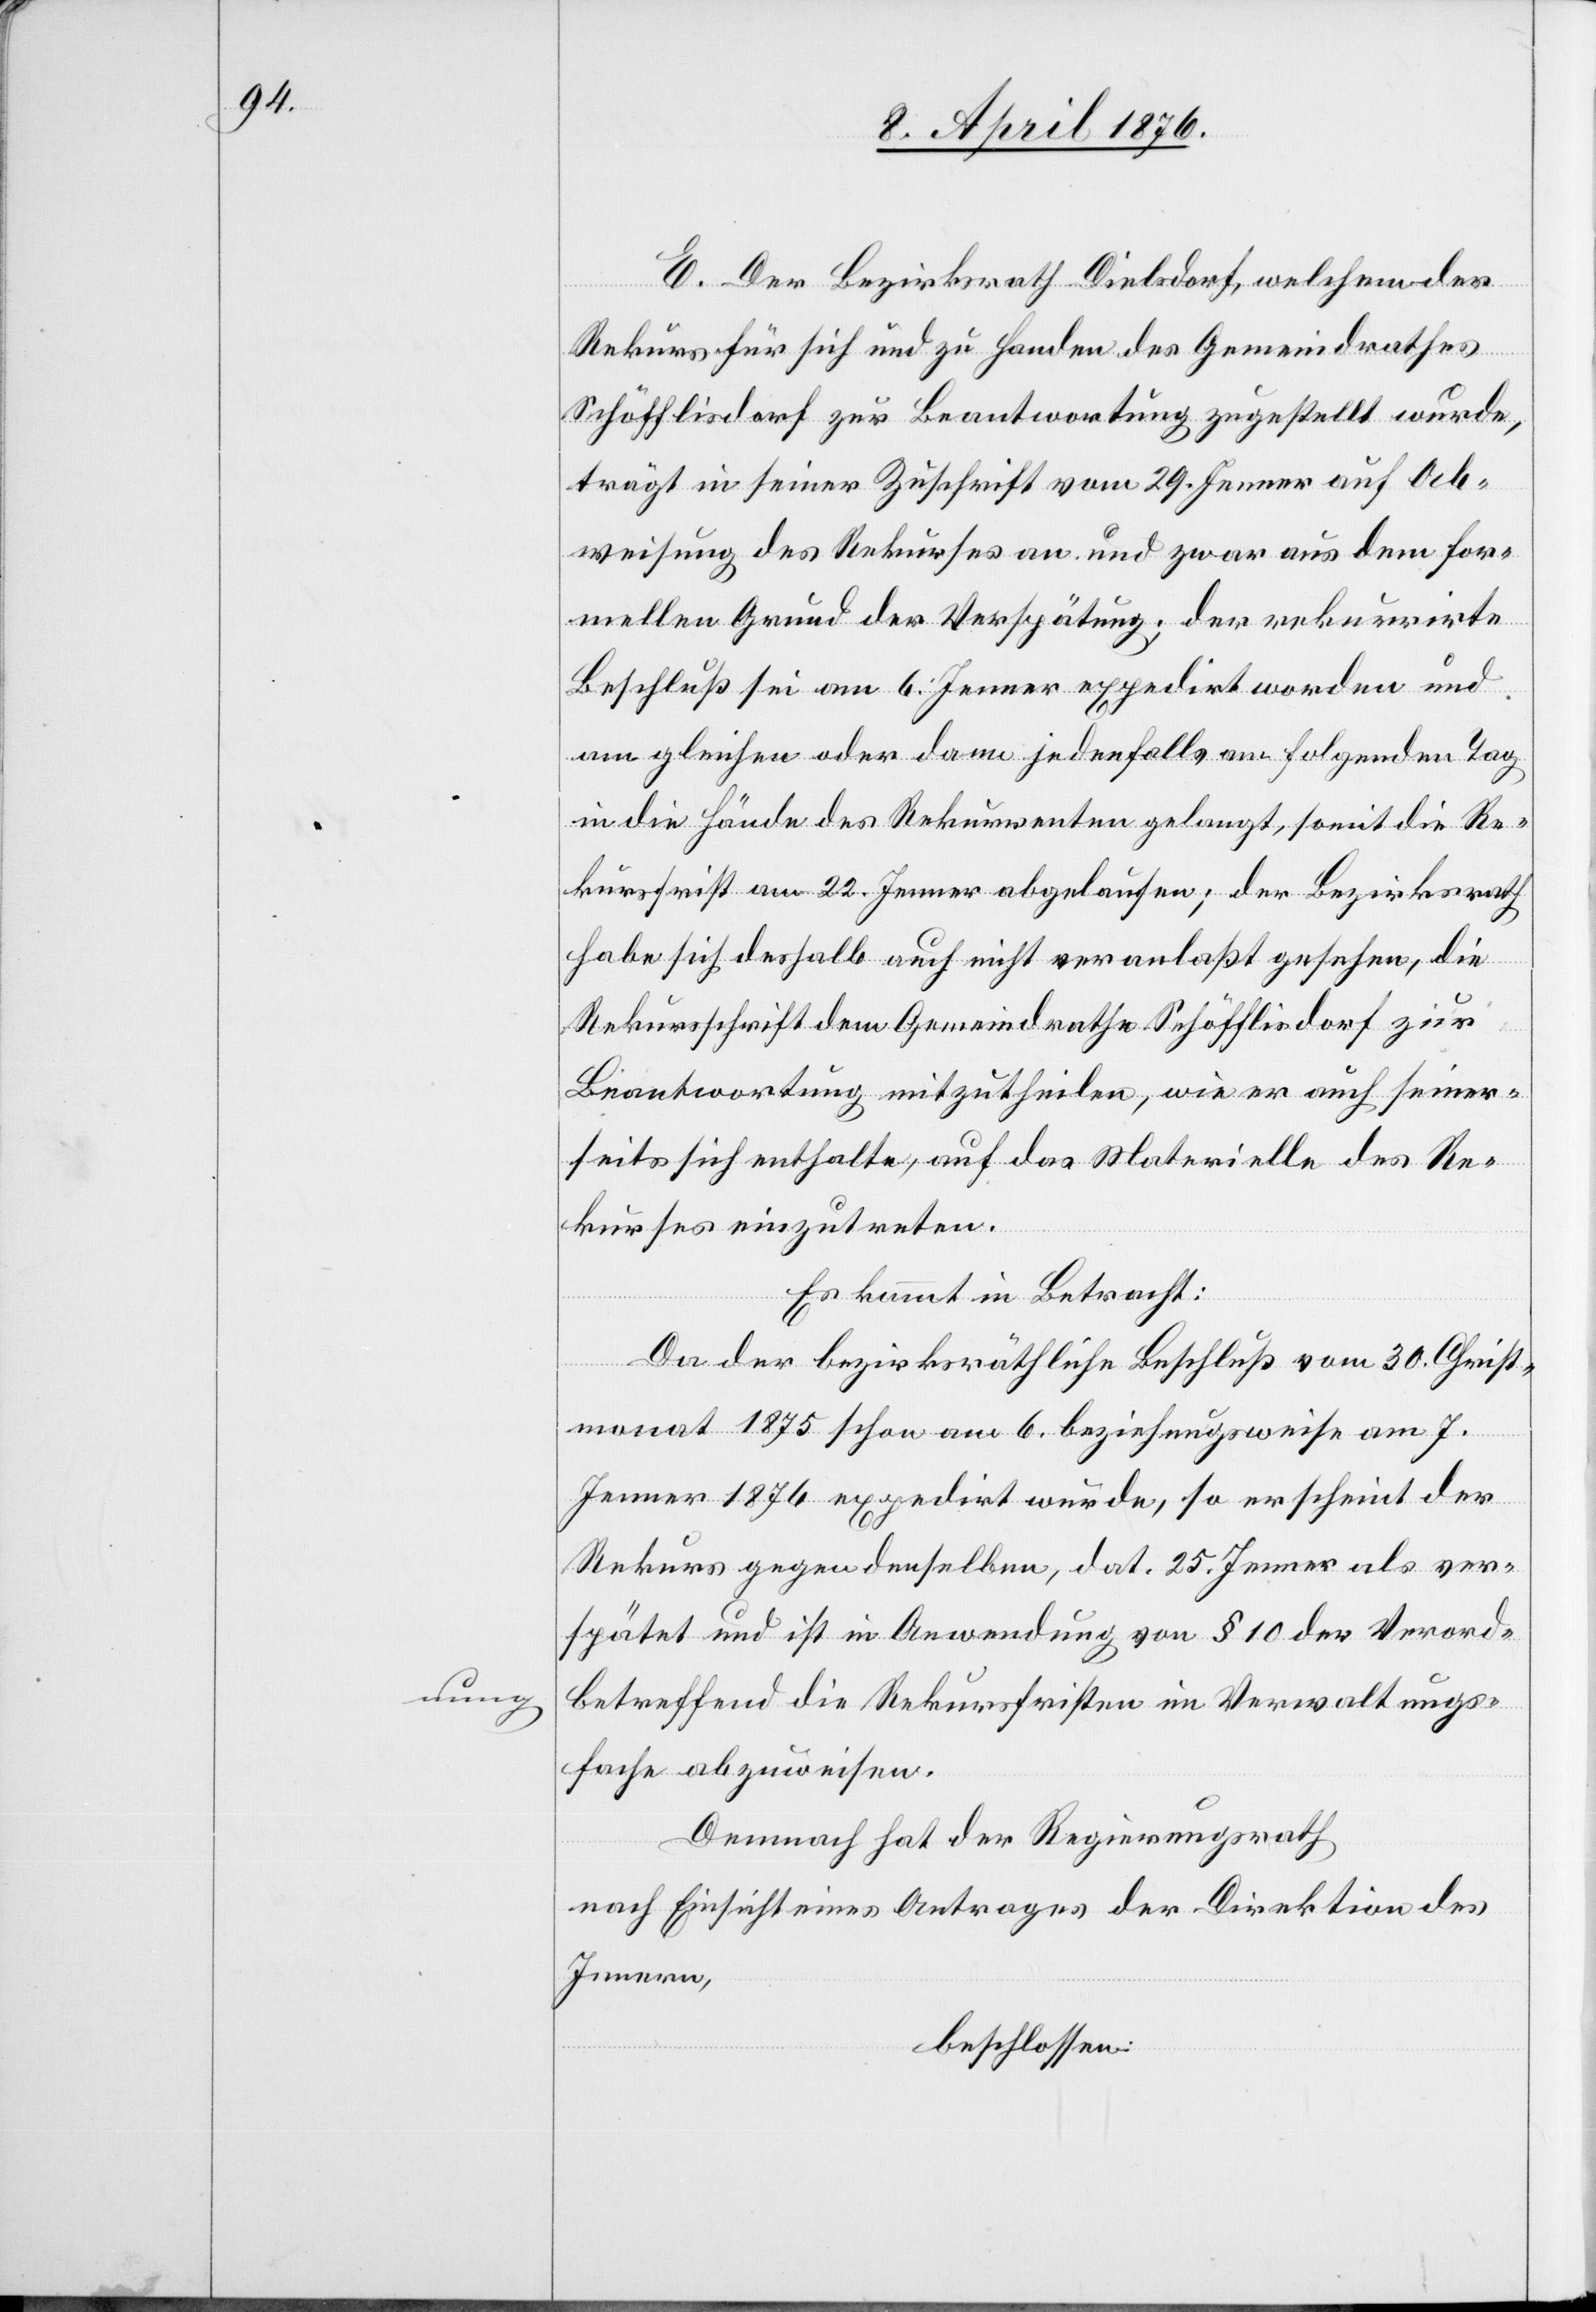
nung

E. Der Bezirksrath Dielsdorf, welchem der
Rekurs für sich und zu Handen des Gemeindrathes
Schöfflisdorf zur Beantwortung zugestellt wurde,
trägt in seiner Zuschrift vom 29.Jenner auf Ab¬
weisung des Rekurses an und zwar aus dem for¬
mellen Grund der Verspätung; der rekurrirte
Beschluß sei am 6. Jenner expedirt worden und
am gleichen oder dann jedenfalls am folgenden Tag
in die Hände des Rekurrenten gelangt, somit die Re¬
kursfrist am 22. Jenner abgelaufen; der Bezirksrath
habe sich deshalb auch nicht veranlaßt gesehen, die
Rekursschrift dem Gemeindrathe Schöfflisdorf zur
Beantwortung mitzutheilen, wie er auch seiner¬
seits sich enthalte, auf das Materielle des Re¬
kurses einzutreten.
Es kommt in Betracht:
Da der bezirksräthliche Beschluß vom 30.Christ¬
monat 1985 schon am 6. beziehungsweise am 7.
Jenner 1876 expedirt wurde, so erscheint der
Rekurs gegen denselben, dat. 25. Jenner als ver¬
spätet und ist in Anwendung von § 10 der Verord¬
betreffend die Rekursfristen im Verwaltungs¬
fache abzuweisen.
Demnach hat der Regierungsrath
nach Einsicht eines Antrages der Direktion des
Innern
beschlossen: